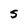
Character: s